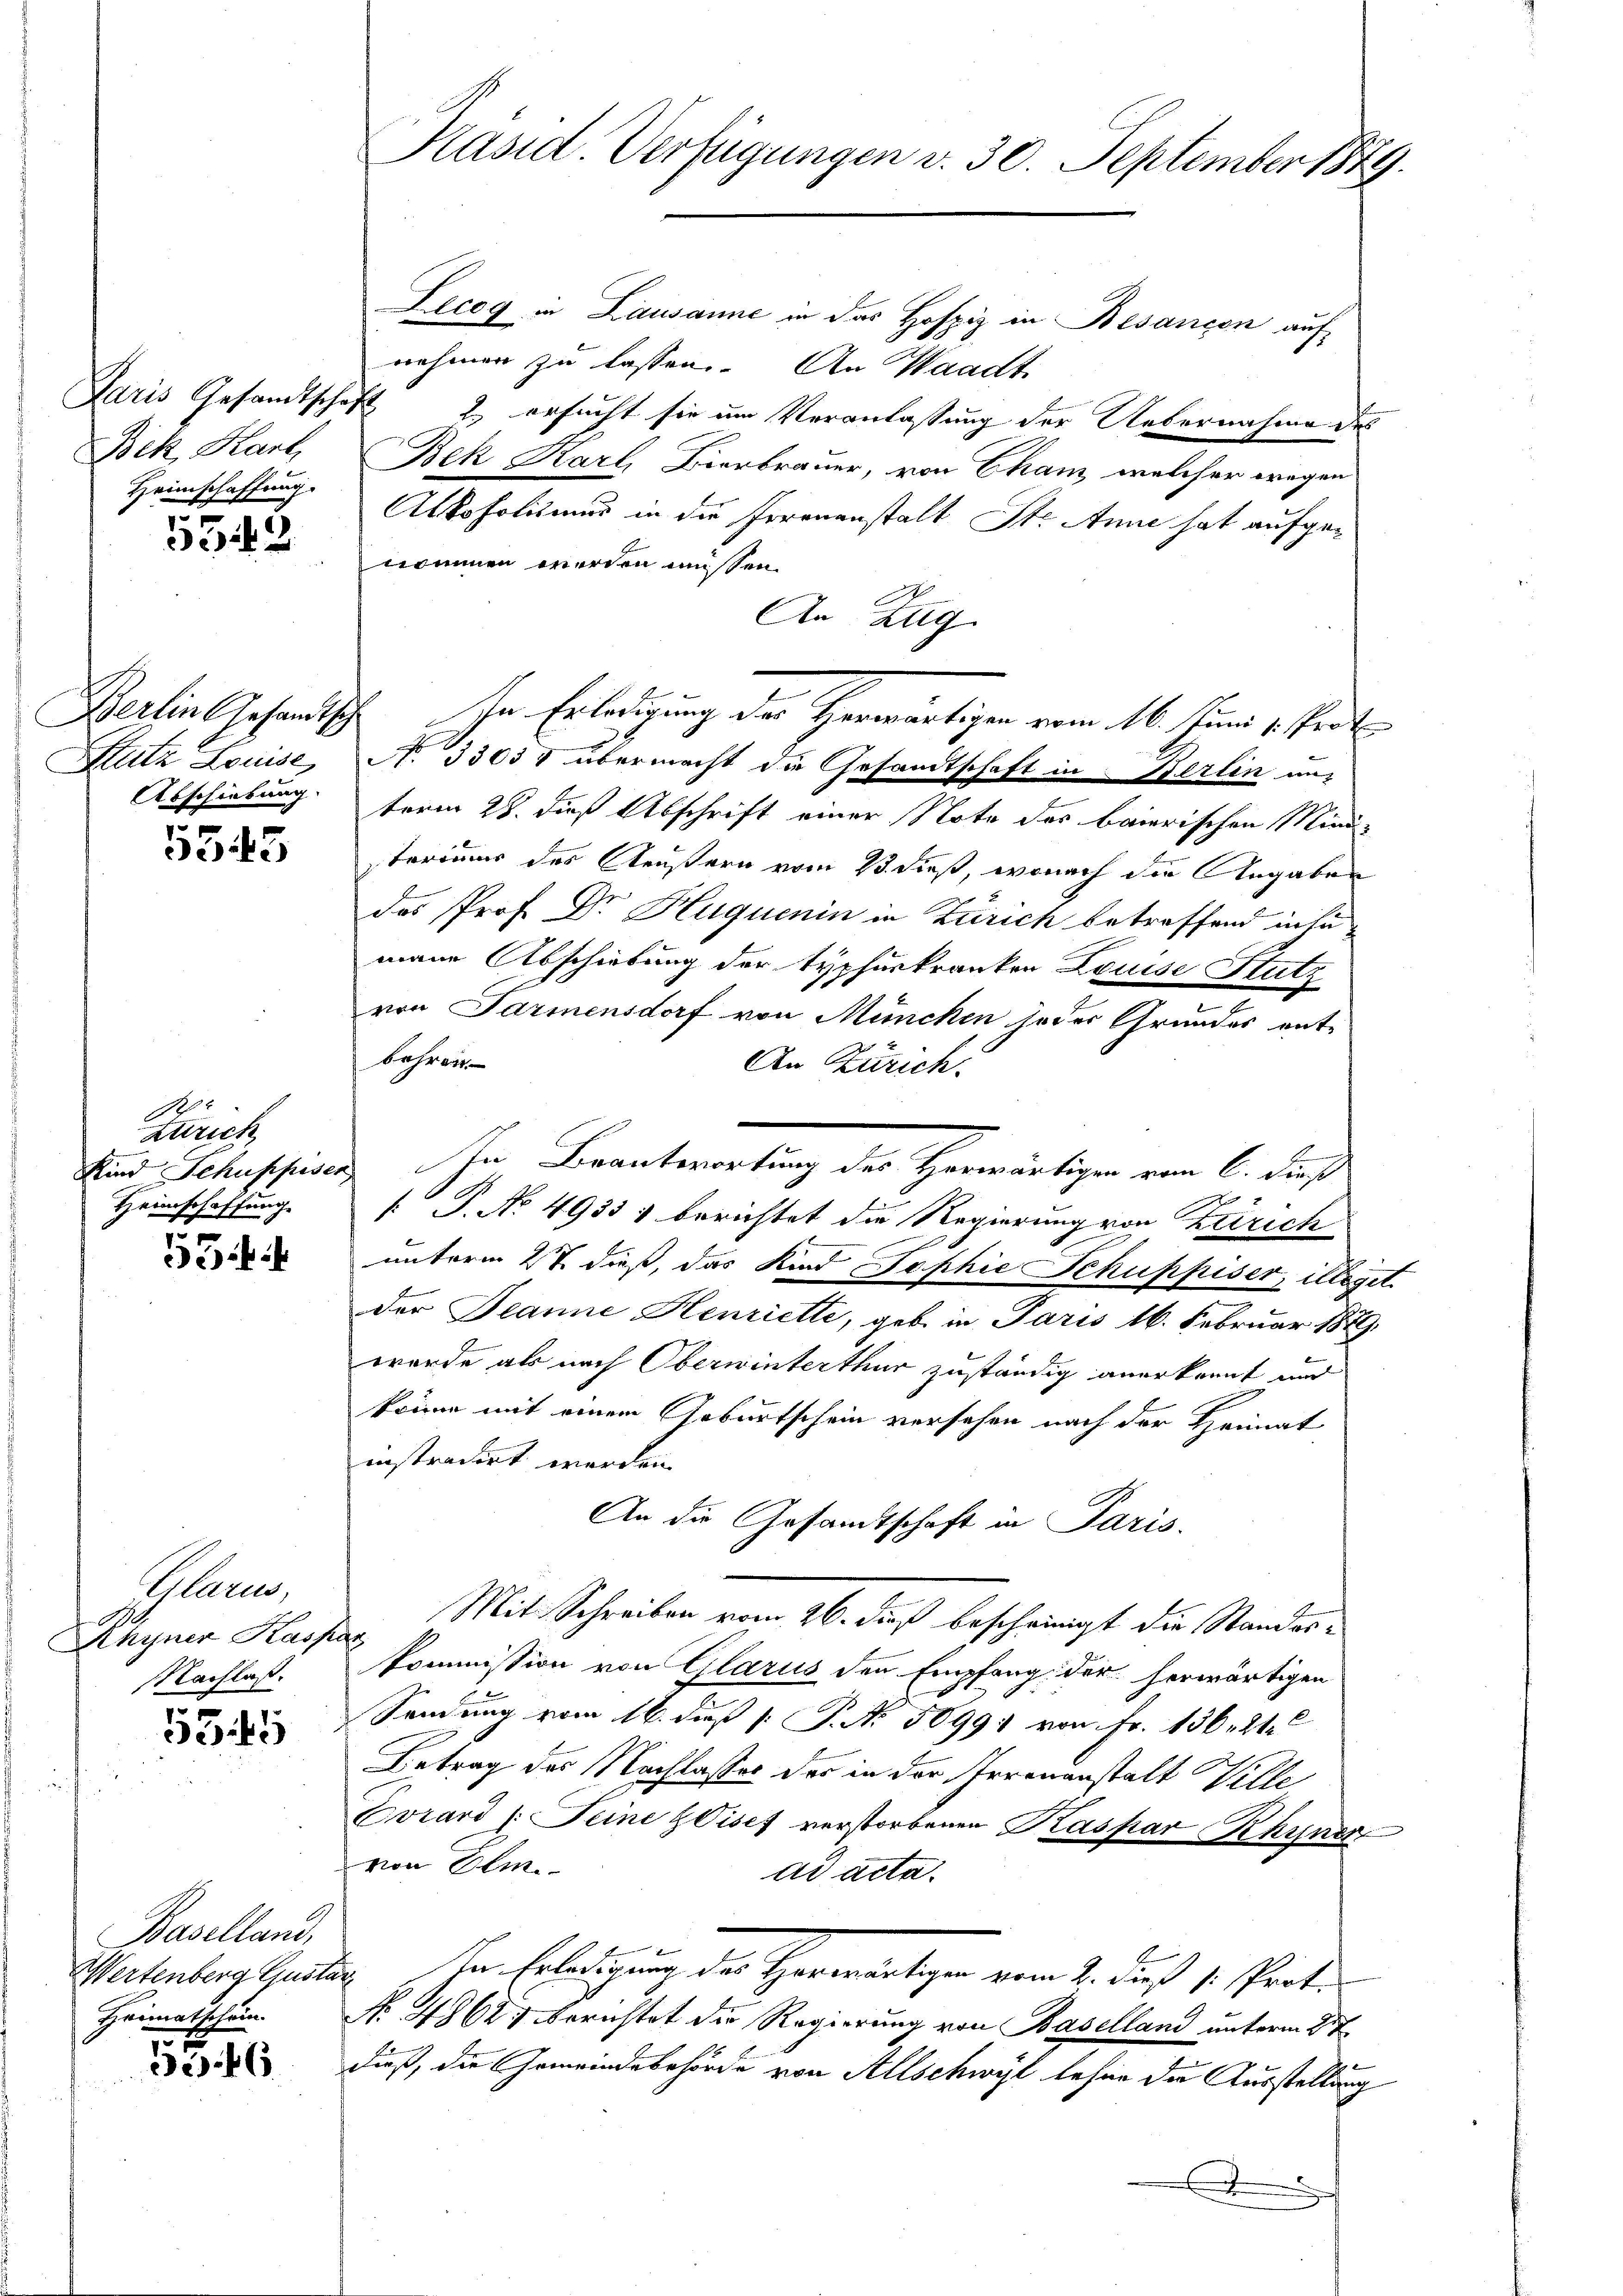
Bek, Karl,
Heimschaffung.
t

5342

Berlin Gesandtsch
Sutz Louise,
Abschiebung.

5545

Ge
Zürich
Heimschaffung

53

Plan
Rhyner Kasp.
Nachlaß.

5345

Baselland,
Wertenberg Gusta
Heimatschein.

5246

Kasid. Verfügungen v. 30. September 1849.

Lecog in Lausanne in das Hofpiz in Besancen auf
nehmen zu lassen. An Waadt,
Paris Gesandtschaft 2, ersucht sie um Veranlassung der Uebernahme des
Bek Karl Bierbrauer, von Cham, welcher wegen
Alkoholismus in die Irrenanstalt St. Anne hat aufgenommen werden müssen.
An Zug
No. 33037 übermacht die Gesandtschaft in Berlin un
term 28. dieß Abschrift einer Note des baierischen Mindsterimus des Aeußern vom 23. dieß, wonach die Angaben
das Prof. Dr Huquenin in Zürich betreffend in tä
mene Abschiebung der Typhurkranken Louise Stutz
von Parmensdorf von München jeder Grundes ent-
behren.
An Zürich.
e
Kind Schuppisen In Beantwortung des Herwärtigen vom 6. dieß
e
 P. No. 4933) berichtet die Regierung von Zürich
unterm 2t dieß, das Kind Sophie Schuppiser, illeget
der Jeanne Henriette, geb. in Paris 16. Februar 1879.
wurde als nach Oberwinterthur zuständig anerkannt und
könne mit einem Geburtschein versehen nach der Heimat
instradirt werden.
An die Gesandtschaft in Paris.
Mit Schreiben vom 26. dieß bescheinigt der Stander¬
Pommission von Glarus den Empfang der herwärtigen
Sendung vom 16. dieß [ P. No. 50991 von Fr. 136. 21.
Betrag des Nachlasses der in der Irrenanstalt Wille,
Evrard (: Seine Vises verstorbenen Kaspar Rhyner
von Olm
ad acta.
Ihr Erledigung der Herwärtigen vom 2. daß 1. Prot.
.
No. 4862; Berichtet die Regierung von Baselland unterm 27.
dieß, die Gemeindebehörde von Allschwyl beher die Ausstellung
.

Ihn Erledigung der Herwärtigen vom 16. Juni v. Part